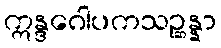
ဣန္ဒဂေါပကသဉ္ဆန္နာ